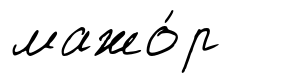
мажо́р